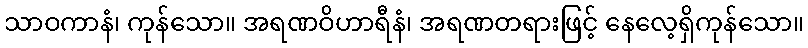
သာဝကာနံ၊ ကုန်သော။ အရဏဝိဟာရီနံ၊ အရဏတရားဖြင့် နေလေ့ရှိကုန်သော။